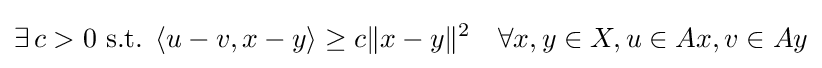
\exists \,c>0{\mbox{ s.t. }}\langle u-v,x-y\rangle \geq c\|x-y\|^{2}\quad \forall x,y\in X,u\in Ax,v\in Ay